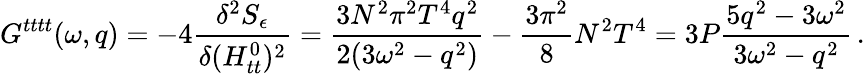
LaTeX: G^{tttt}(\omega,q)=-4{\frac{\delta^{2}S_{\epsilon}}{\delta(H_{tt}^{0})^{2}}}={\frac{3N^{2}\pi^{2}T^{4}q^{2}}{2(3\omega^{2}-q^{2})}}-{\frac{3\pi^{2}}{8}}N^{2}T^{4}=3P\frac{5q^{2}-3\omega^{2}}{3\omega^{2}-q^{2}}\, .